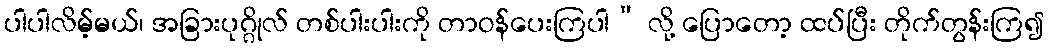
ပါပါလိမ့်မယ်၊ အခြားပုဂ္ဂိုလ် တစ်ပါးပါးကို တာဝန်ပေးကြပါ” လို့ ပြောတော့ ထပ်ပြီး တိုက်တွန်းကြ၍